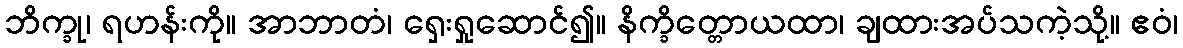
ဘိက္ခု၊ ရဟန်းကို။ အာဘာတံ၊ ရှေးရှုဆောင်၍။ နိက္ခိတ္တောယထာ၊ ချထားအပ်သကဲ့သို့။ ဧဝံ၊